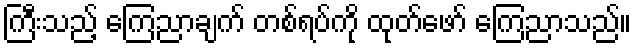
ကြီးသည့် ကြေညာချက် တစ်ရပ်ကို ထုတ်ဖော် ကြေညာသည်။